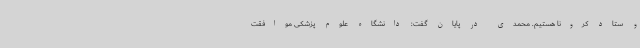
و ستاد کرونا هستیم. محمدی در پایان گفت: دانشگاه علوم پزشکی موافقت